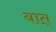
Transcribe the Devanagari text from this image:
वात्